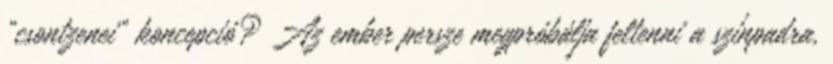
„csontzenei” koncepció? Az ember persze megpróbálja feltenni a színpadra,